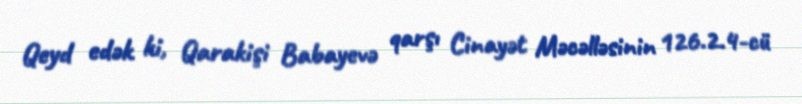
Qeyd edək ki, Qarakişi Babayevə qarşı Cinayət Məcəlləsinin 126.2.4-cü